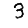
Digit: 3